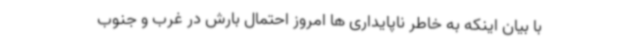
با بیان اینکه به خاطر ناپایداری ها امروز احتمال بارش در غرب و جنوب